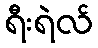
ရီးရဲလ်